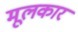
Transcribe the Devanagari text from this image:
मूलकार